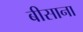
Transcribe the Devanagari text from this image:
बीसाना